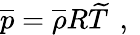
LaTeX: \overline{{p}}={\overline{{\rho}}}R\widetilde{T}\, \mathrm{~,~}